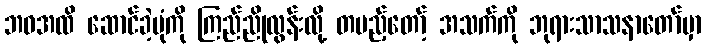
ဘဝအထိ ဆောင်ခဲ့ပုံကို ကြည်ညိုလွန်းလို့ တပည့်တော့် အသက်ကို ဘုရားသာသနာတော်မှာ